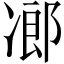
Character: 𠗷